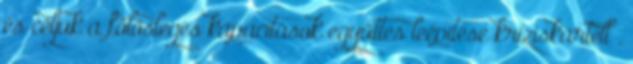
és céljuk a fölösleges kapacitások együttes leépítése kríziskartell .